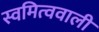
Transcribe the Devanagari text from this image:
स्वमित्ववाली